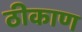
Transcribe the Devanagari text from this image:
ठीकाण